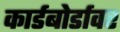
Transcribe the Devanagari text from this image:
कार्डबोर्डावर